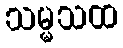
သမ္မသထ